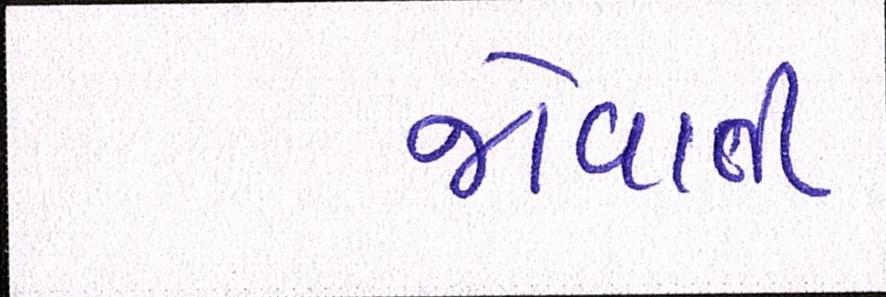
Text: જોવાતી